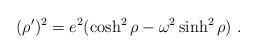
LaTeX: \begin{align*} (\rho')^2 = e^2 (\cosh^2 \rho - \omega^2 \sinh^2 \rho)\ .\end{align*}